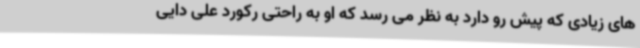
های زیادی که پیش رو دارد به نظر می رسد که او به راحتی رکورد علی دایی